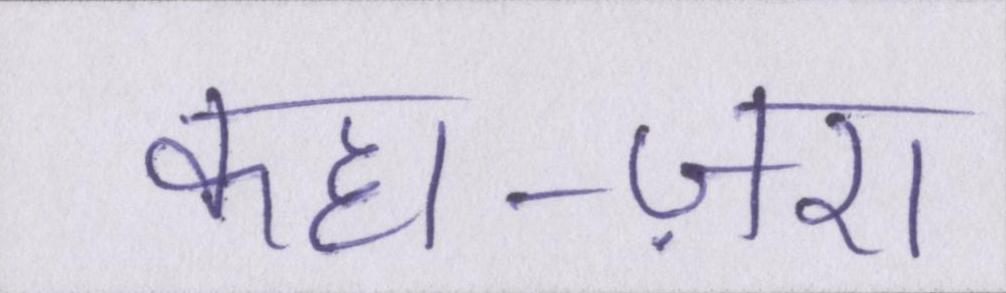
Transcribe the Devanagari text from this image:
कहा-ज़रा